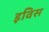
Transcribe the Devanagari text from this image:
इविस